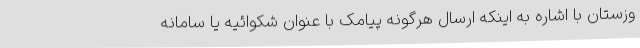
وزستان با اشاره به اینکه ارسال هرگونه پیامک با عنوان شکوائیه یا سامانه